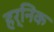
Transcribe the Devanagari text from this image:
हर्निक